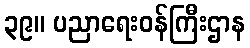
၃၉။ ပညာရေးဝန်ကြီးဌာန